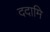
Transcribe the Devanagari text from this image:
ददामि